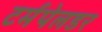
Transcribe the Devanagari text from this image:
टर्मपेलडर